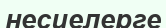
несиелерге